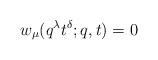
LaTeX: \begin{align*} w_{\mu}(q^\lambda t^\delta;q, t)=0\end{align*}